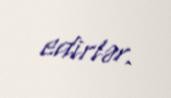
edirlər.